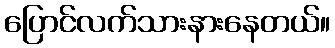
ပြောင်လက်သားနားနေတယ်။